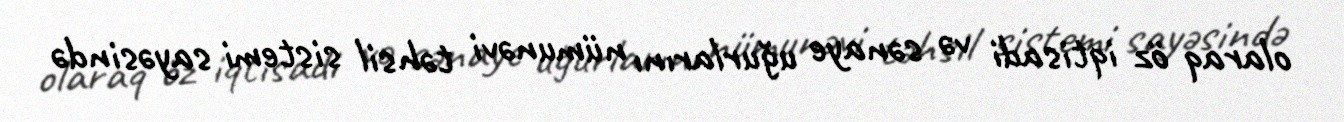
olaraq öz iqtisadi və sənaye uğurlarını nümunəvi təhsil sistemi sayəsində